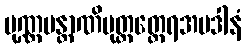
ပုဏ္ဏမန္တာဏိပုတ္တတ္ထေရအပဒါနံ